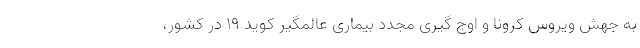
به جهش ویروس کرونا و اوج گیری مجدد بیماری عالمگیر کوید 19 در کشور،